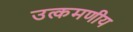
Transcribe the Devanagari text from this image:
उत्कमणीय